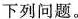
下列问题。